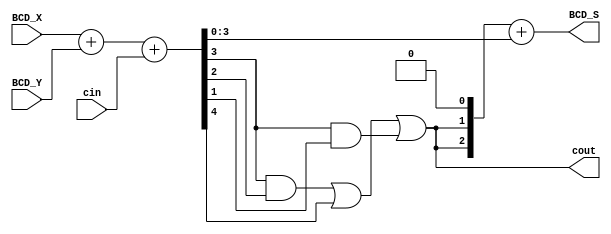
module Lab2_BCD_1bit_add_df(BCD_X,BCD_Y,cin,BCD_S,cout);
input   [3:0]   BCD_X,BCD_Y;
output  [3:0]   BCD_S;
input           cin;
output          cout;
wire    [3:0]   Z;
wire            K;

assign  {K,Z} = BCD_X+BCD_Y+cin;
assign   cout = (Z[3]&Z[2])|K|(Z[3]&Z[1]);
assign  BCD_S = {1'b0,cout,cout,1'b0} + Z;

endmodule